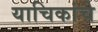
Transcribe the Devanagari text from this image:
याचिकांचे